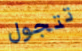
تتجول